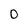
Character: 0